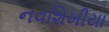
નવશિખીયા